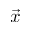
\vec { x }